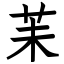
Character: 苿